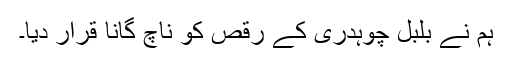
ہم نے بلبل چوہدری کے رقص کو ناچ گانا قرار دیا۔